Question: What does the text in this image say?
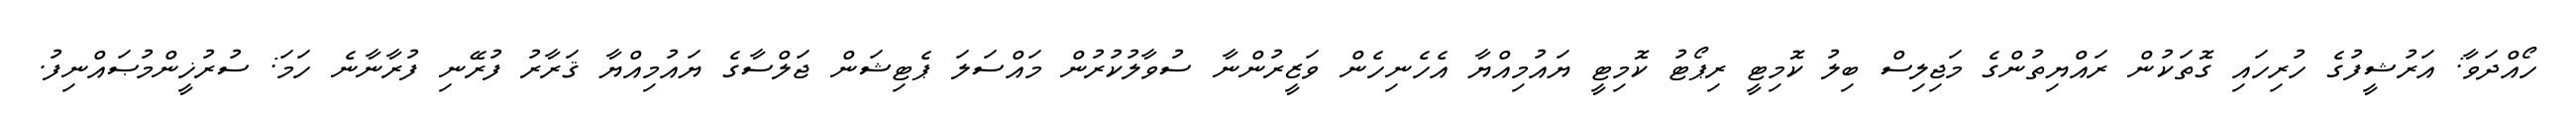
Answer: ހޯއްދަވާ: އަރުޝީފުގެ ހުރިހައި ގޮތަކުން ރައްޔިތުންގެ މަޖިލިސް ބިލު ކޮމިޓީ ރިޕޯޓު ކޮމިޓީ ޔައުމިއްޔާ އެހެނިހެން ވަޒީރުންނާ ސުވާލުކުރުން މައްސަލަ ޕެޓިޝަން ޖަލްސާގެ ޔައުމިއްޔާ ޤަރާރު ފުރޭނި ފުރާނާނެ ހަމަ: ސުރުޚީންމުޞައްނިފު.